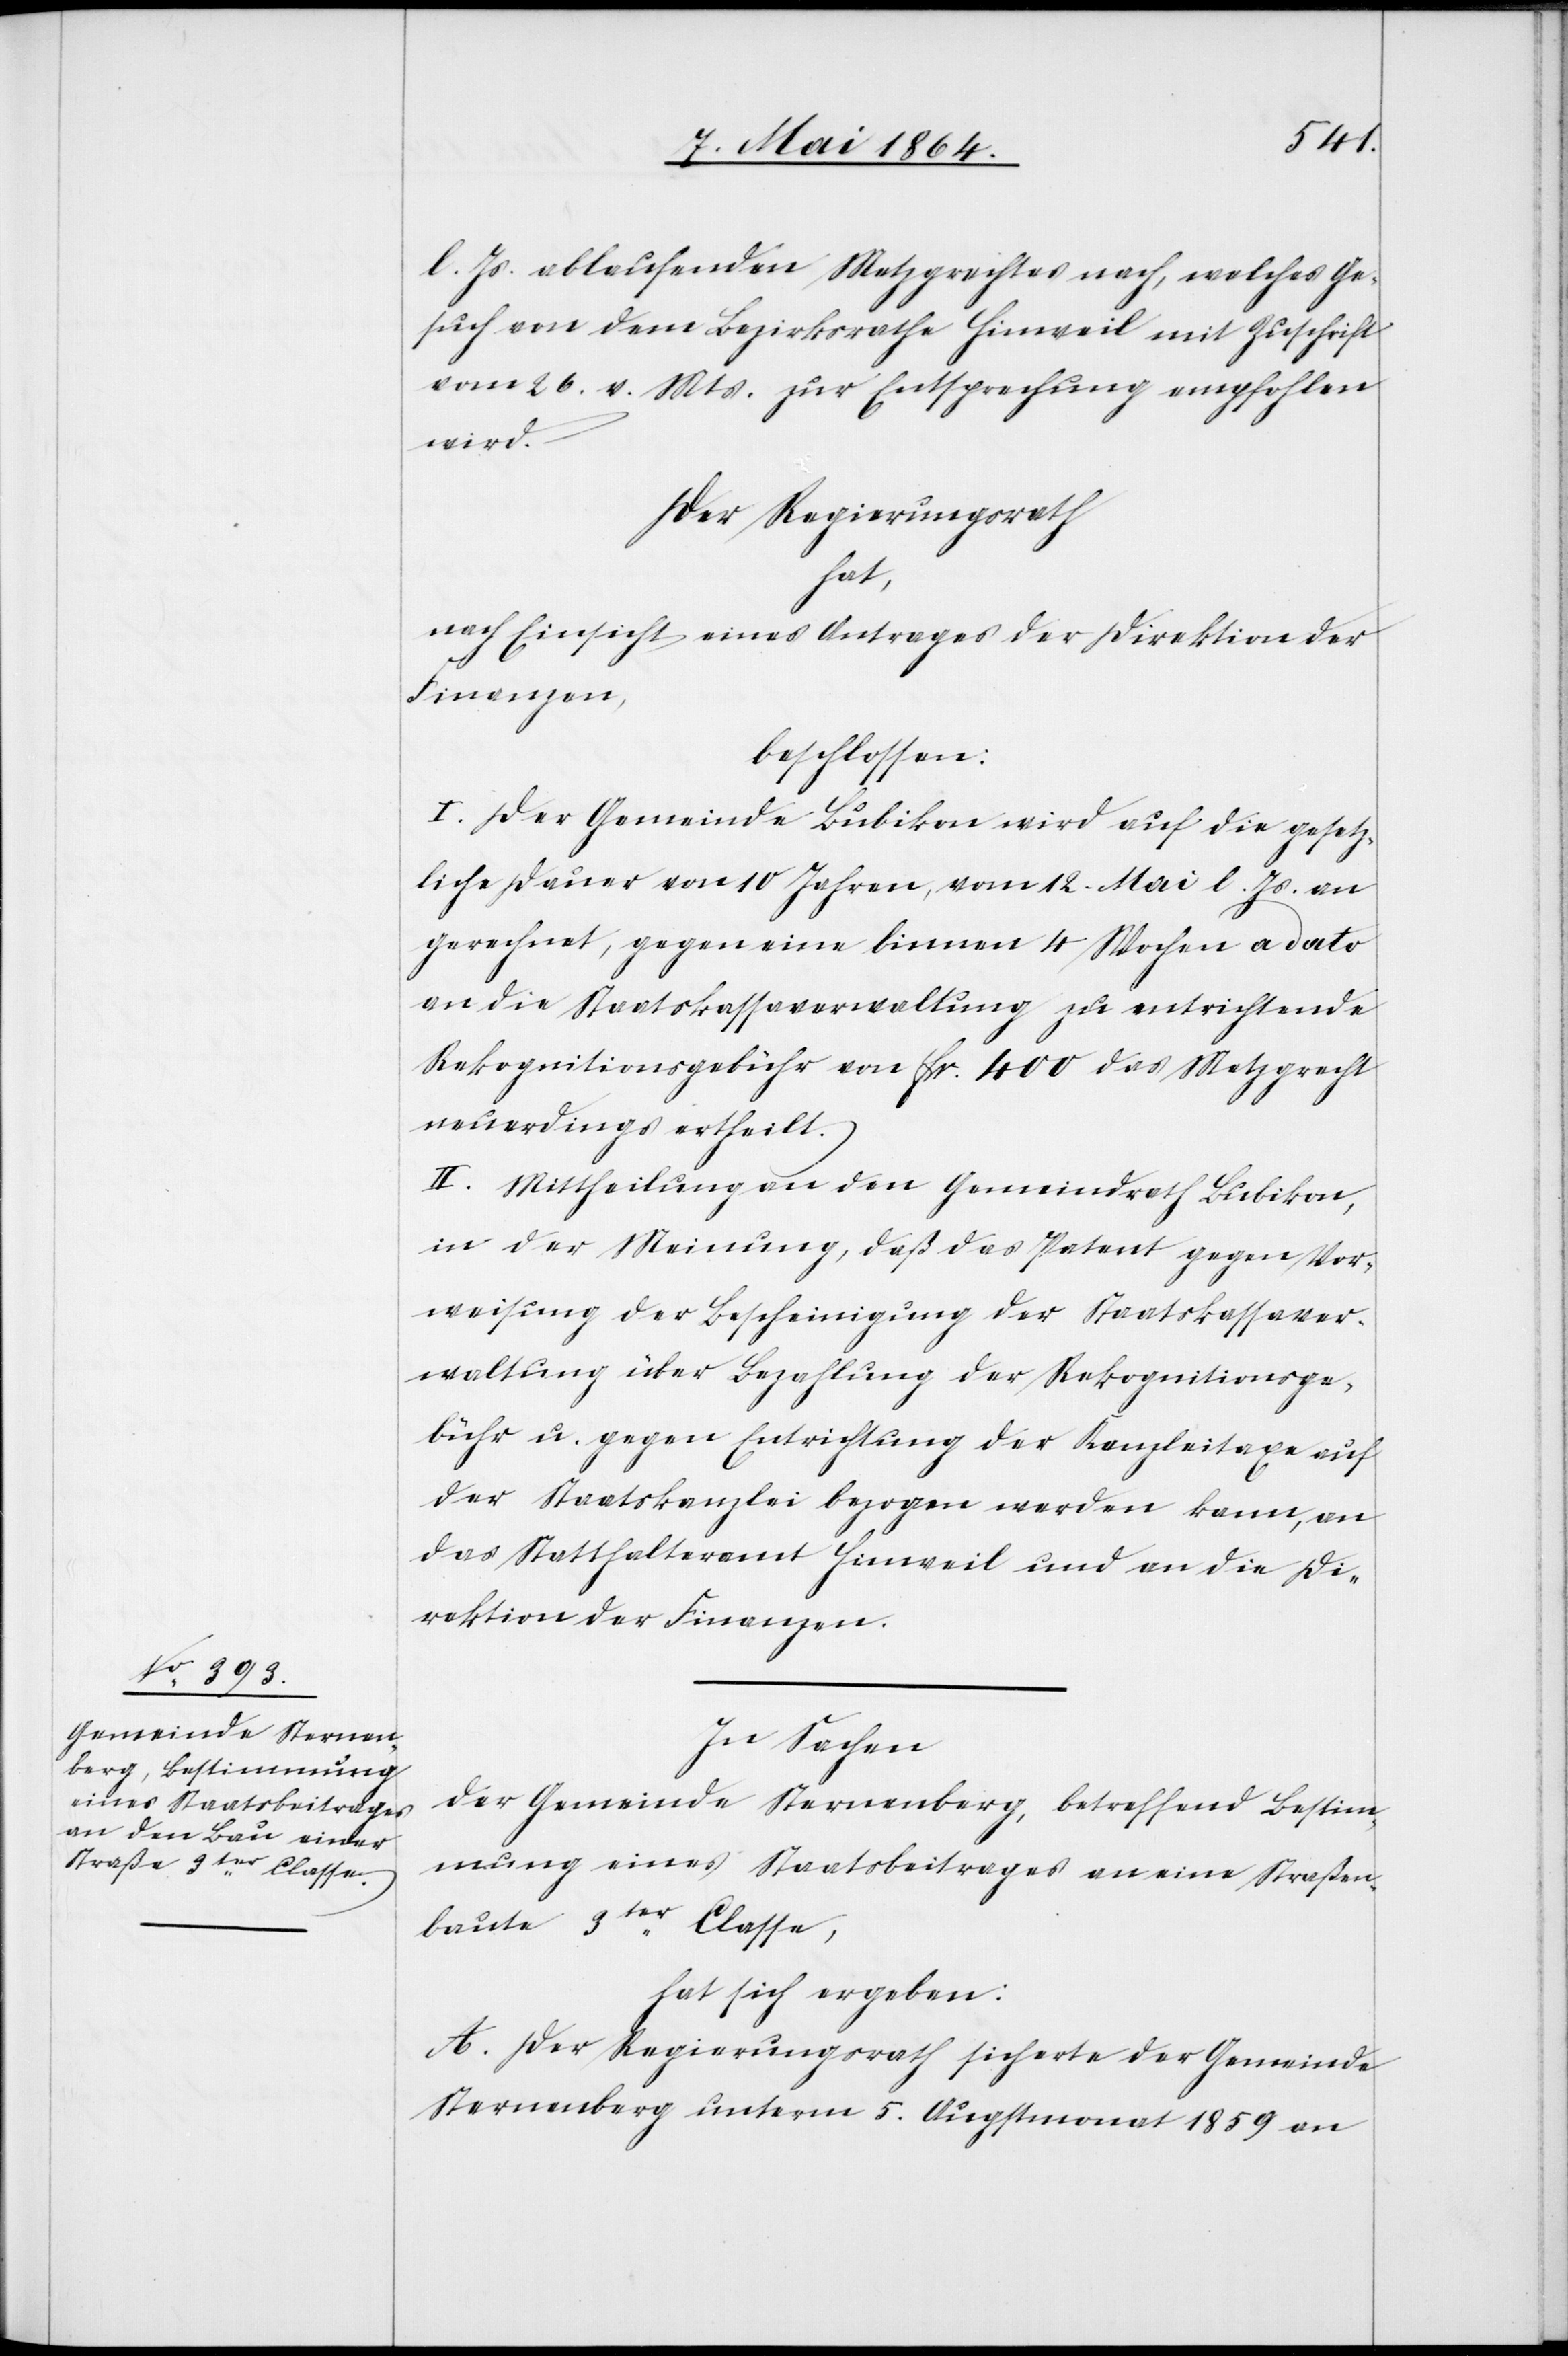
l. Js. ablaufenden Metzgrechtes nach, welches Ge¬
such von dem Bezirksrathe Hinweil mit Zuschrift
vom 26. v. Mts. zur Entsprechung empfohlen
wird.
Der Regierungsrath
hat,
nach Einsicht eines Antrages der Direktion der
Finanzen,
beschlossen:
I. Der Gemeinde Bubikon wird auf die gesetz¬
liche Dauer von 10 Jahren, vom 12. Mai l. Js. an
gerechnet, gegen eine binnen 4 Wochen a dato
an die Staatskassaverwaltung zu entrichtende
Rekognitionsgebühr von fr. 400 das Metzgrecht
neuerdings ertheilt.
II. Mittheilung an den Gemeindrath Bubikon,
in der Meinung, daß das Patent gegen Vor¬
weisung der Bescheinigung der Staatskassaver¬
waltung über Bezahlung der Rekognitionsge¬
bühr u. gegen Entrichtung der Kanzleitaxe auf
der Staatskanzlei bezogen werden kann, an
das Statthalteramt Hinweil und an die Di¬
rektion der Finanzen.
In Sachen
der Gemeinde Sternenberg, betreffend Bestim¬
mung eines Staatsbeitrages an eine Straßen¬
baute 3ter Classe,
hat sich ergeben:
A. Der Regierungsrath sicherte der Gemeinde
Sternenberg unterm 5. Augustmonat 1859 an